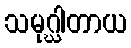
သမုဂ္ဃါတာယ